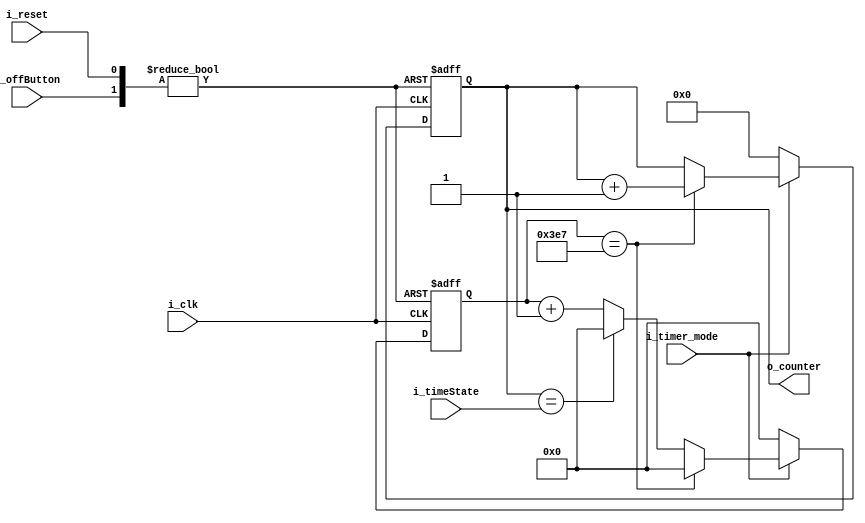
`timescale 1ns / 1ps
//////////////////////////////////////////////////////////////////////////////////
// Company: 
// Engineer: 
// 
// Design Name: 
// Module Name: time_clock_counter
// Project Name: 
// Target Devices: 
// Tool Versions: 
// Description: 
// 
// Dependencies: 
// 
// Revision:
// Revision 0.01 - File Created
// Additional Comments:
// 
//////////////////////////////////////////////////////////////////////////////////


module time_clock_counter(
    input i_clk, i_reset, i_timer_mode, i_offButton,
    input [4:0] i_timeState,
    output [4:0] o_counter
    );

    reg [9:0] r_counter = 0;
    reg [4:0] r_sec = 0;
    assign o_counter = r_sec;

    always @(posedge i_clk or posedge i_reset or posedge i_offButton) begin
        if(i_reset) begin
            r_counter <= 0;
            r_sec <= 0;
        end
        else if(i_offButton) begin
            r_counter <= 0;
            r_sec <= 0;
        end
        else if(i_timer_mode) begin
            if(r_counter == 999) begin
                r_counter <= 0;
                r_sec <= r_sec + 1;
            end
            else if(r_sec == i_timeState) begin
                r_counter <= 0;
            end
            else r_counter <= r_counter + 1;
        end
        else begin
            r_counter <= 0;
            r_sec <= 0;
        end
    end
endmodule